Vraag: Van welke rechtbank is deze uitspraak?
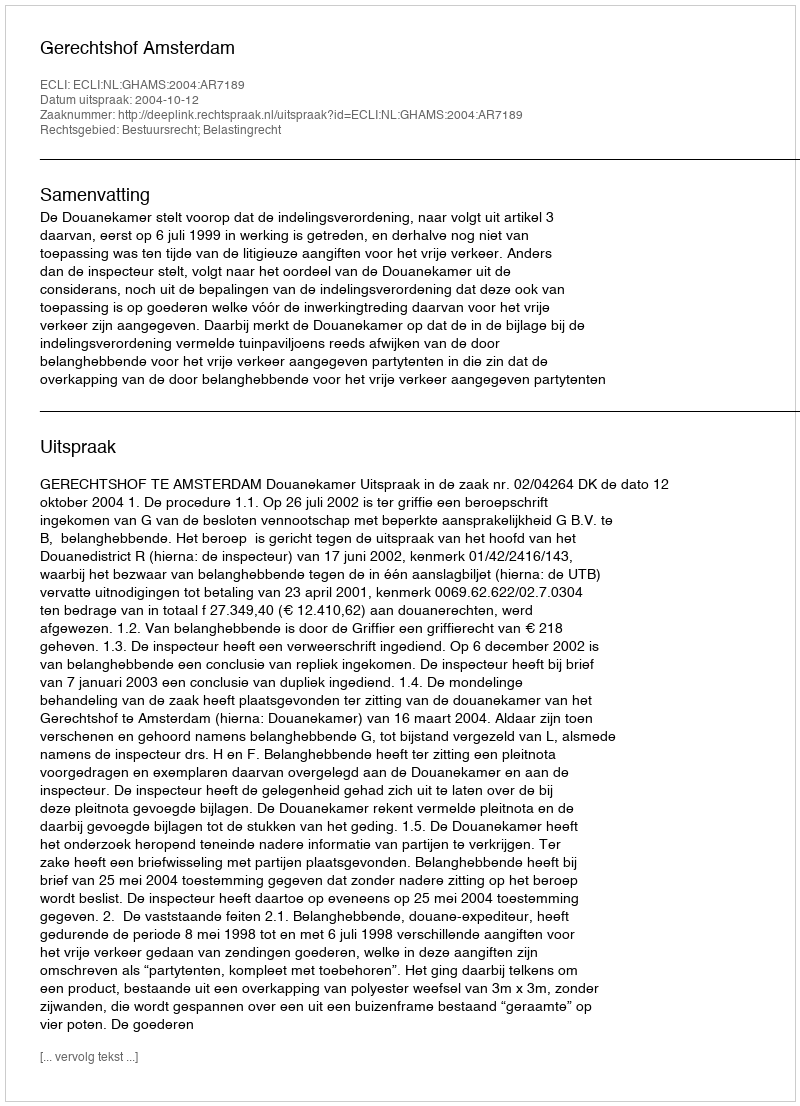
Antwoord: Gerechtshof Amsterdam